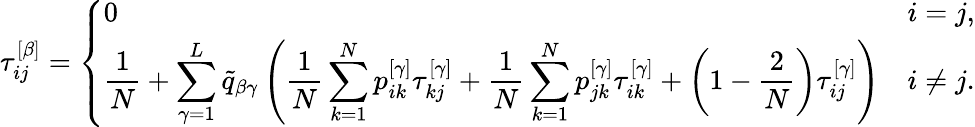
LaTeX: \tau_{ij}^{\left[\beta\right]}=\left\{ \begin{array}{ll}{\displaystyle 0}&{\displaystyle i=j,}\\ {\displaystyle\frac{1}{N}+\sum_{\gamma=1}^{L}\widetilde{q}_{\beta\gamma}\left(\frac{1}{N}\sum_{k=1}^{N}p_{ik}^{\left[\gamma\right]}\tau_{kj}^{\left[\gamma\right]}+\frac{1}{N}\sum_{k=1}^{N}p_{jk}^{\left[\gamma\right]}\tau_{ik}^{\left[\gamma\right]}+\left(1-\frac{2}{N}\right)\tau_{ij}^{\left[\gamma\right]}\right)}&{\displaystyle i\neq j.}\end{array}\right.